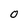
Character: 0